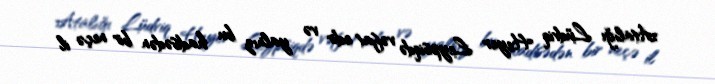
Atalığı Lüdviq Heyer Leypsiqdə vəfat edir və yalnız bu hadisədən bir neçə il